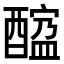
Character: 𨢠